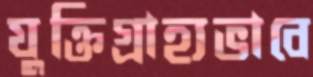
যুক্তিগ্রাহ্যভাবে